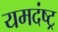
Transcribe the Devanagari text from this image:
यमदंष्ट्र